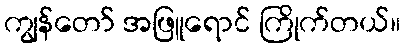
ကျွန်တော် အဖြူရောင် ကြိုက်တယ်။